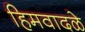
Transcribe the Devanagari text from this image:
हिमवादळे